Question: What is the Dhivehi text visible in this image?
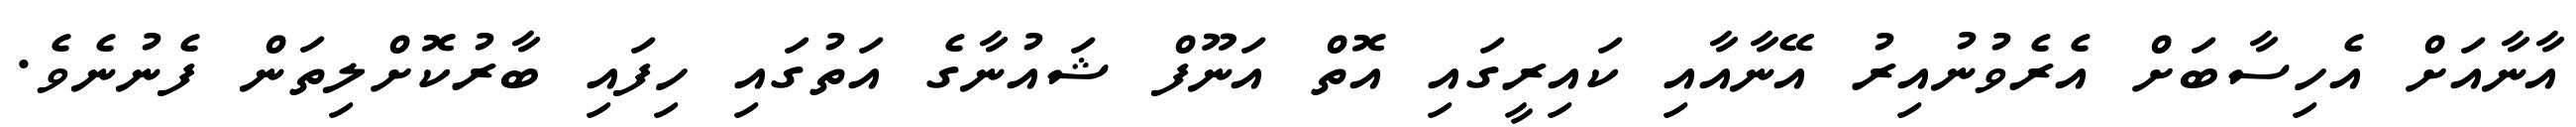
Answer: އާނާއަށް އެހިސާބަށް އެރެވުނުއިރު އޭނާއާއި ކައިރީގައި އޮތް އަނޫފް ޝައުނާގެ އަތުގައި ހިފައި ބާރުކޮށްލިތަން ފެނުނެވެ.